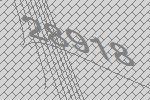
28918